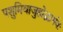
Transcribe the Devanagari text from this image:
पशुमिवाजुहोद्भार्गवः